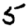
Digit: 5